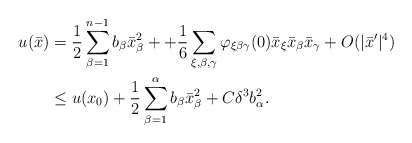
\begin{align*}\begin{aligned}u (\bar{x}) &= \frac{1}{2} \sum_{\beta=1}^{n-1} b_\beta \bar{x}_\beta^2 + + \frac{1}{6} \sum_{\xi, \beta, \gamma } \varphi_{\xi \beta \gamma} (0) \bar{x}_\xi \bar{x}_\beta \bar{x}_\gamma + O (|\bar{x}'|^4)\\& \leq u (x_0) + \frac{1}{2} \sum_{\beta=1}^{\alpha} b_\beta \bar{x}_\beta^2 + C \delta^3 b_\alpha^2. \end{aligned}\end{align*}